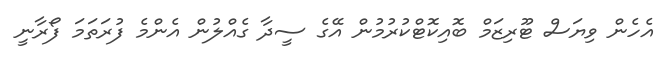
އެހެން ވިޔަސް ޓޫރިޒަމް ބޮއިކޮޓްކުރުމުން އޭގެ ސީދާ ގެއްލުން އެންމެ ފުރަތަމަ ފޯރާނީ